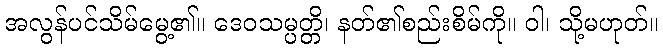
အလွန်ပင်သိမ်မွေ့၏။ ဒေဝသမ္ပတ္တိ၊ နတ်၏စည်းစိမ်ကို။ ဝါ၊ သို့မဟုတ်။